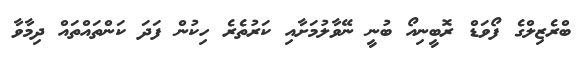
ބްރެޒިލްގެ ފޯވަޑް ރޮބީނިއޯ ބުނީ ނޭވާލުމަށާއި ކަރުތެރެ ހިކުން ފަދަ ކަންތައްތައް ދިމާވާ